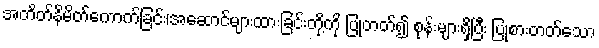
အတိတ်နိမိတ်ကောက်ခြင်း၊အဆောင်များထားခြင်းတို့ကို ပြုတတ်၍ စုန်းများရှိပြီး ပြုစားတတ်သော